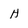
Character: H